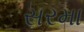
સરમા